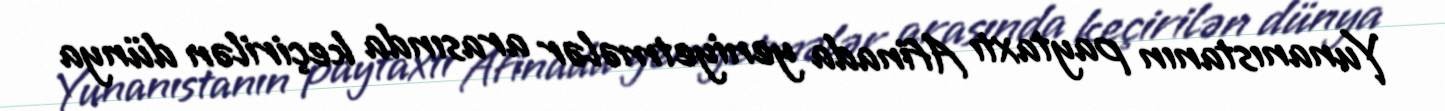
Yunanıstanın paytaxtı Afinada yeniyetmələr arasında keçirilən dünya